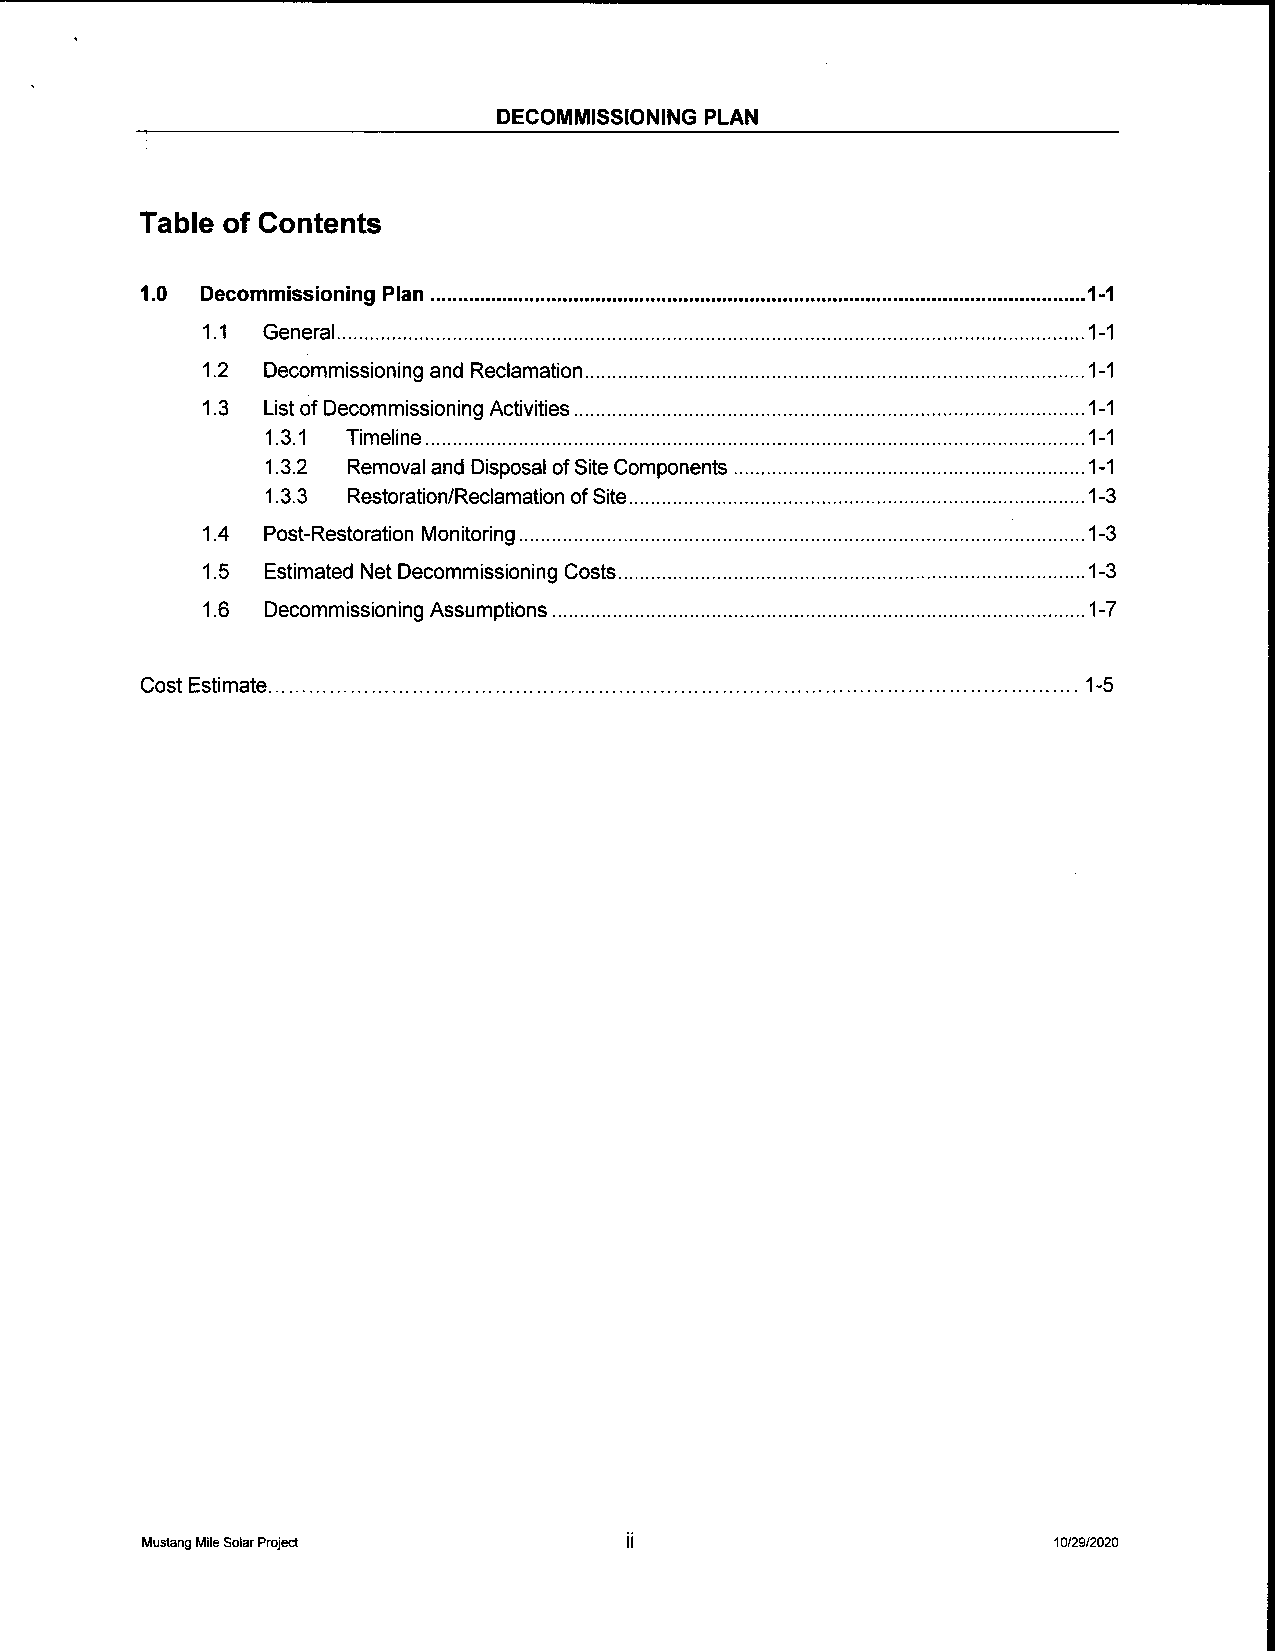
DECOMMISSIONING PLAN
 Table of Contents
 1. 0 Decommissioning Plan                                      1- 1
 1. 1 General                                               1- 1
 1. 2 Decommissioning and Reclamation                       1- 1
 1. 3 List of Decommissioning Activities                    1- 1
 1. 3.1 Timeline                                       1- 1
 1. 3.2 Removal and Disposal of Site Components        1- 1
 1. 3.3 Restoration/ Reclamation of Site               1- 3
 1. 4 Post-Restoration Monitoring                           1- 3
 1. 5 Estimated Net Decommissioning Costs                   1- 3
 1. 6 Decommissioning Assumptions                           1- 7
 Cost Estimate                                                  1- 5
 Mustang Mile Solar Project       ii                          10/29/2020